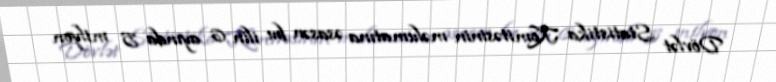
Dövlət Statistika Komitəsinin məlumatına əsasən bu ilin 6 ayında 5 milyon